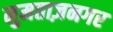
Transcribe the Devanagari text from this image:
मुमताज़नगर